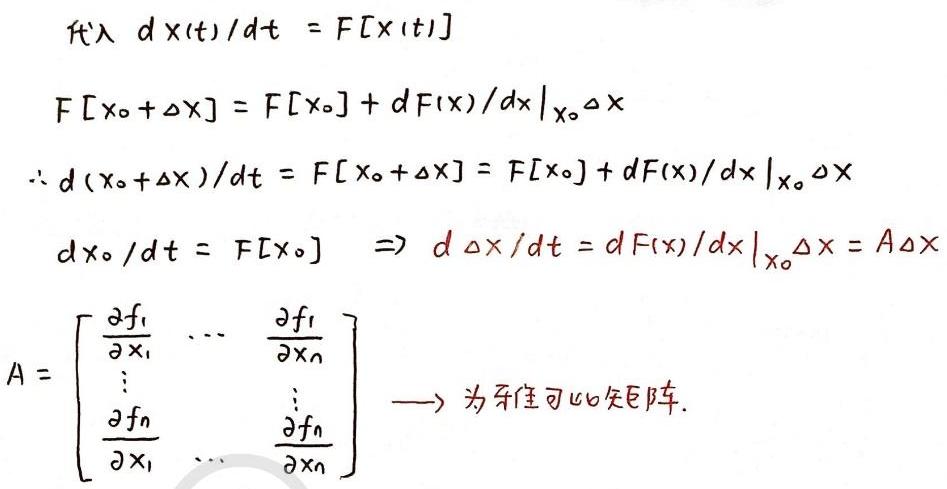
\[
\begin{align*}
&\text{代入} \frac{d\mathbf{x}(t)}{dt} = \mathbf{F}[\mathbf{x}(t)]\\
&\mathbf{F}[\mathbf{x}_0 + \Delta\mathbf{x}] = \mathbf{F}[\mathbf{x}_0] + \left.\frac{d\mathbf{F}(\mathbf{x})}{d\mathbf{x}}\right|_{\mathbf{x}_0}\Delta\mathbf{x}\\
&\therefore \frac{d(\mathbf{x}_0 + \Delta\mathbf{x})}{dt} = \mathbf{F}[\mathbf{x}_0 + \Delta\mathbf{x}] = \mathbf{F}[\mathbf{x}_0] + \left.\frac{d\mathbf{F}(\mathbf{x})}{d\mathbf{x}}\right|_{\mathbf{x}_0}\Delta\mathbf{x}\\
&\frac{d\mathbf{x}_0}{dt} = \mathbf{F}[\mathbf{x}_0] \Rightarrow \frac{d\Delta\mathbf{x}}{dt} = \left.\frac{d\mathbf{F}(\mathbf{x})}{d\mathbf{x}}\right|_{\mathbf{x}_0}\Delta\mathbf{x} = \mathbf{A}\Delta\mathbf{x}\\
&\mathbf{A} = \begin{bmatrix}
\frac{\partial f_1}{\partial x_1} & \cdots & \frac{\partial f_1}{\partial x_n}\\
\vdots & & \vdots\\
\frac{\partial f_n}{\partial x_1} & \cdots & \frac{\partial f_n}{\partial x_n}
\end{bmatrix} \longrightarrow \text{为雅可比矩阵}.
\end{align*}
\]